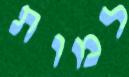
למות